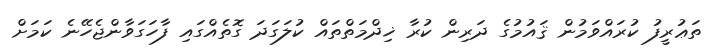
ތަޢުރީފު ކުރައްވަމުން ޤައުމުގެ ދަރިން ކުރާ ޚިދްމަތްތައް ކުލަގަދަ ގޮތެއްގައި ފާހަގަވާންޖެހޭނެ ކަމަށް